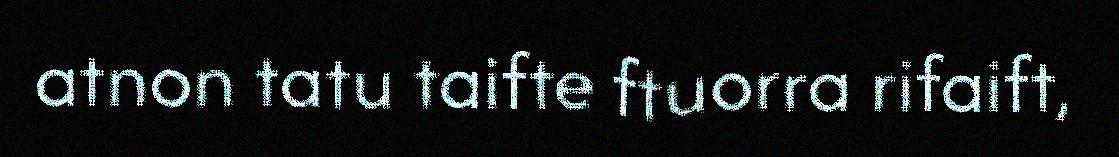
atnon tatu taifte ftuorra rifaift,